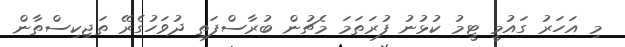
މި އަހަރު ގައުމީ ޓީމު ކުޅުނު ފުރަތަމަ މެޗުން ބުރާސްފަތި ދުވަހުގެރޭ ތަޖިކިސްތާން